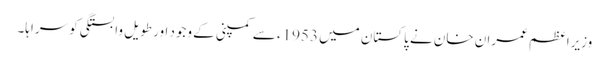
وزیراعظم عمران خان نے پاکستان میں 1953ء سے کمپنی کے وجود اور طویل وابستگی کو سراہا۔